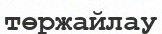
төржайлау